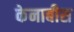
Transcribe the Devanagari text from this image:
केनाबीस